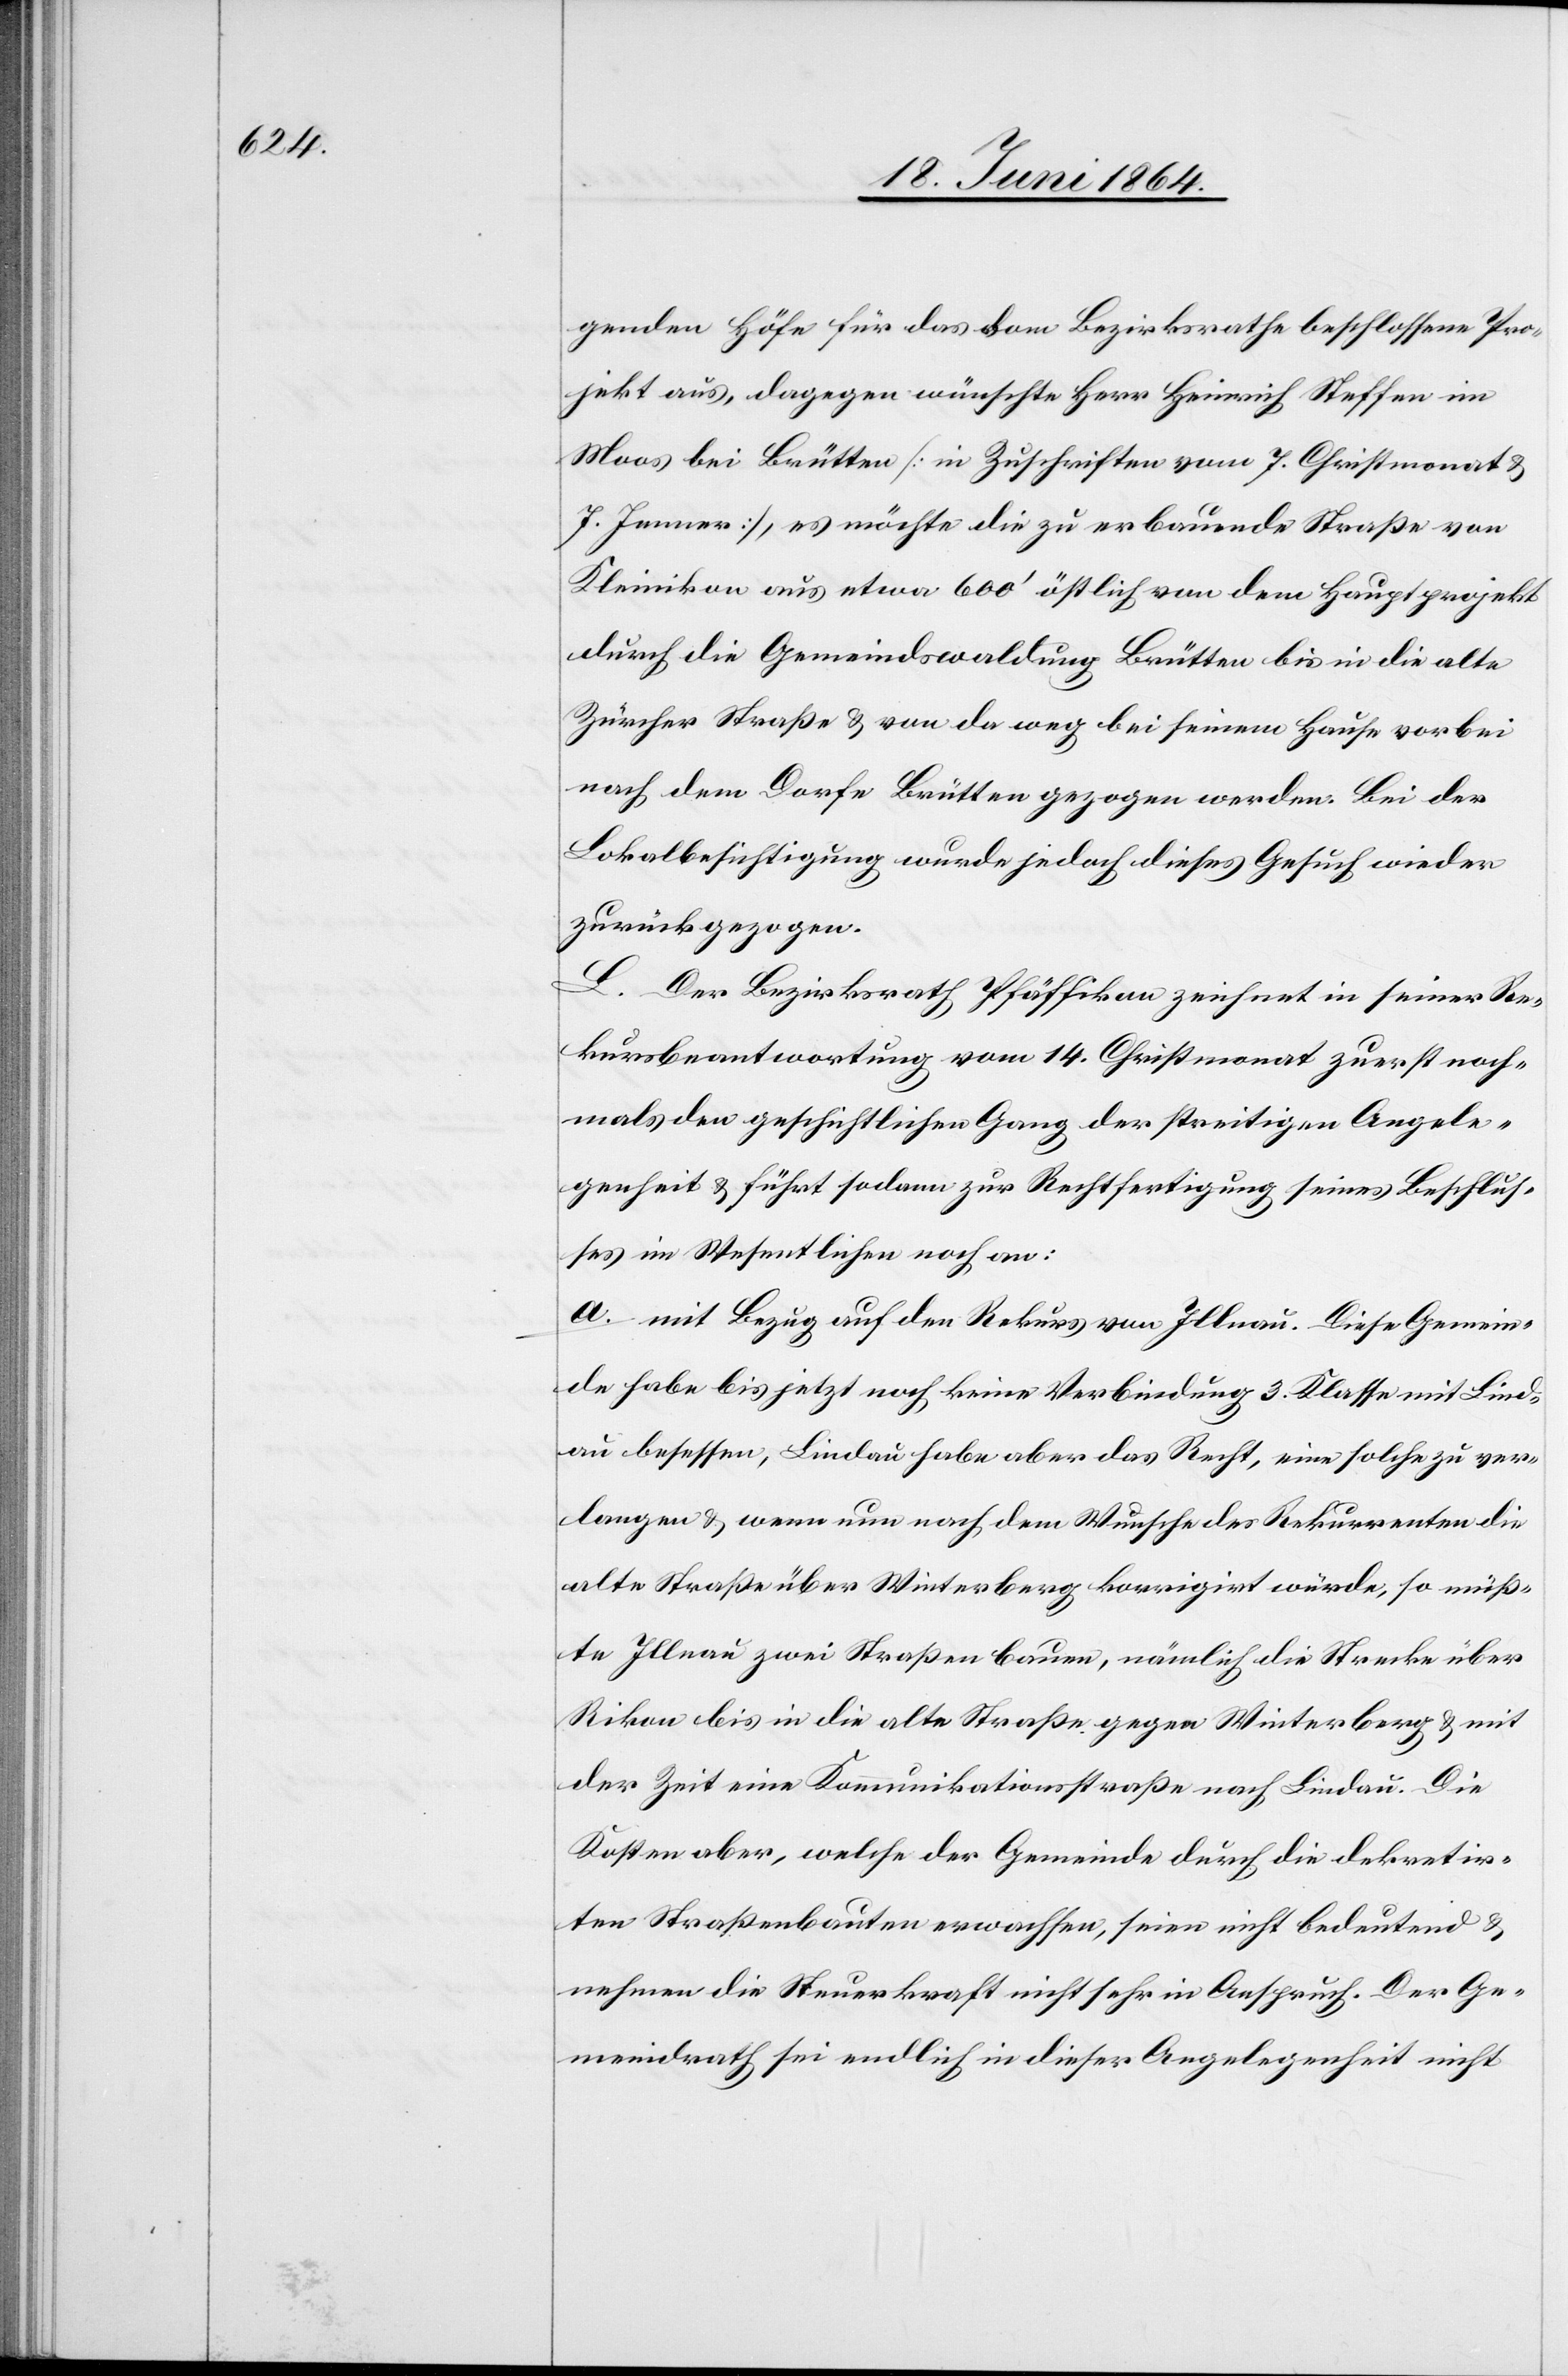
genden Höfe für das vom Bezirksrathe beschlossene Pro¬
jekt aus, dagegen wünschte Herr Heinrich Steffen im
Moos bei Brütten [in Zuschriften vom 7. Christmonat u.
7. Jenner], es möchte die zu erbauende Straße von
Kleinikon aus etwa 600’ östlich von dem Hauptprojekt
durch die Gemeindswaldung Brütten bis in die alte
Zürcher Straße u. von da weg bei seinem Hause vorbei
nach dem Dorfe Brütten gezogen werden. Bei der
Lokalbesichtigung wurde jedoch dieses Gesuch wieder
zurückgezogen.
L. Der Bezirksrath Pfäffikon zeichnet in seiner Re¬
kursbeantwortung vom 14. Christmonat zuerst noch¬
mals den geschichtlichen Gang der streitigen Angele¬
genheit u. führt sodann zur Rechtfertigung seines Beschlus¬
ses im Wesentlichen noch an:
a. mit Bezug auf den Rekurs von Illnau. Diese Gemein¬
de habe bis jetzt noch keine Verbindung 3. Klasse mit Lind¬
au besessen, Lindau habe aber das Recht, eine solche zu ver¬
langen u. wenn nun nach dem Wunsche der Rekurrenten die
alte Straße über Winterberg korrigiert würde, so müß¬
te Illnau zwei Straßen bauen, nämlich die Strecke über
Rikon bis in die alte Straße gegen Winterberg u. mit
der Zeit eine Kommunikationsstraße nach Lindau. Die
Kosten aber, welche der Gemeinde durch die dekretir¬
ten Straßenbauten erwachsen, seien nicht bedeutend u.
nehmen die Steuerkraft nicht sehr in Anspruch. Der Ge¬
meindrath sei endlich in dieser Angelegenheit nicht